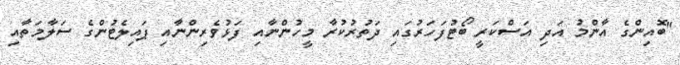
"ބޮއިންގެ އާންމު އަދި އަސްކަރީ ބޯޓުފަހަރުގައި ދަތުރުކުރާ މީހުންނާއި ފަޅުވެރިންނާއި ޕައިލެޓުންގެ ސަލާމަތާއި